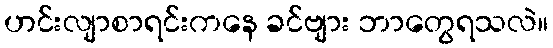
ဟင်းလျာစာရင်းကနေ ခင်ဗျား ဘာတွေရသလဲ။